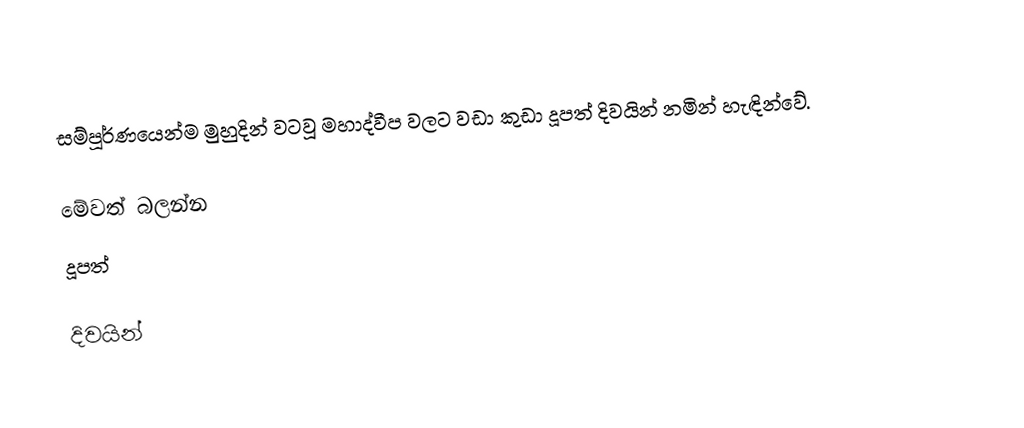
සම්පූර්ණයෙන්ම මුහුදින් වටවූ මහාද්වීප වලට වඩා කුඩා දූපත් දිවයින් නමින් හැඳින්වේ.

මේවත් බලන්න
 දූපත්

දිවයින්